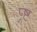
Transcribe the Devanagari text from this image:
प्र्ष्ट